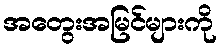
အတွေးအမြင်များကို